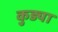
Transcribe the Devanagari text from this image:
कुड्या